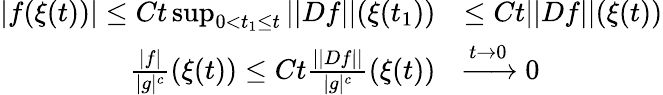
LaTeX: \begin{array}{rl}{|f(\xi(t))|\leq Ct\operatorname*{sup}_{0<t_{1}\leq t}||Df||(\xi(t_{1}))}&{\leq Ct||Df||(\xi(t))}\\ {\frac{|f|}{|g|^{c}}(\xi(t))\leq Ct\frac{||Df||}{|g|^{c}}(\xi(t))}&{\xrightarrow[]{t\to 0}0}\end{array}